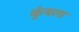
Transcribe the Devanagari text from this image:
कुंबला